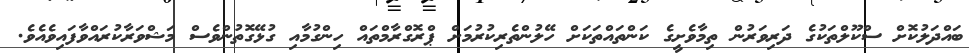
ބައްދަލުކޮށް ސްކޫލްތަކުގެ ދަރިވަރުން ތިމާވެށީގެ ކަންތައްތަކަށް ހޭލުންތެރިކުރުމަށް ޕްރޮގްރާމްތައް ހިންގުމާއި ގުޅޭގޮތުންވެސް މަޝްވަރާކުރައްވާފައިވެއެވެ.